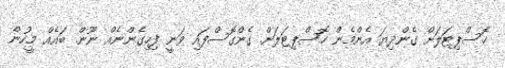
ހޮސްޕިޓަލަށް ގެންދިޔަ އެންމެން ހޮސްޕިޓަލަށް ގެންގޮސްފައި ވަނީ ފިހިގެންނެއް ނޫން. ބައެއް މީހުން